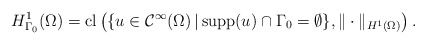
\begin{align*}H^{1}_{\Gamma_{0}}(\Omega)= \mathrm{cl}\left(\{u \in \mathcal{C}^{\infty}(\Omega) \,|\, \mathrm{supp}(u) \cap \Gamma_{0} = \emptyset\}, \|\cdot\|_{H^{1}(\Omega)}\right). \end{align*}